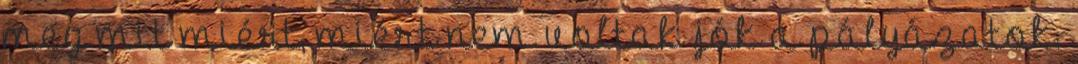
meg mit miért, miért nem voltak jók a pályázatok.